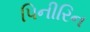
પિનીરિન